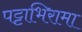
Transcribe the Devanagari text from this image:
पट्टाभिरामा